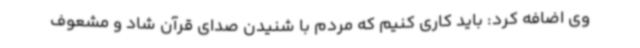
وی اضافه کرد: باید کاری کنیم که مردم با شنیدن صدای قرآن شاد و مشعوف